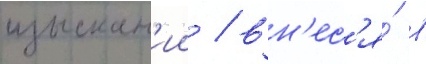
изыскан'ии / вн'ес'я́ в